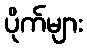
ပိုက်များ